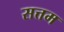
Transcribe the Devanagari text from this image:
सत्तम